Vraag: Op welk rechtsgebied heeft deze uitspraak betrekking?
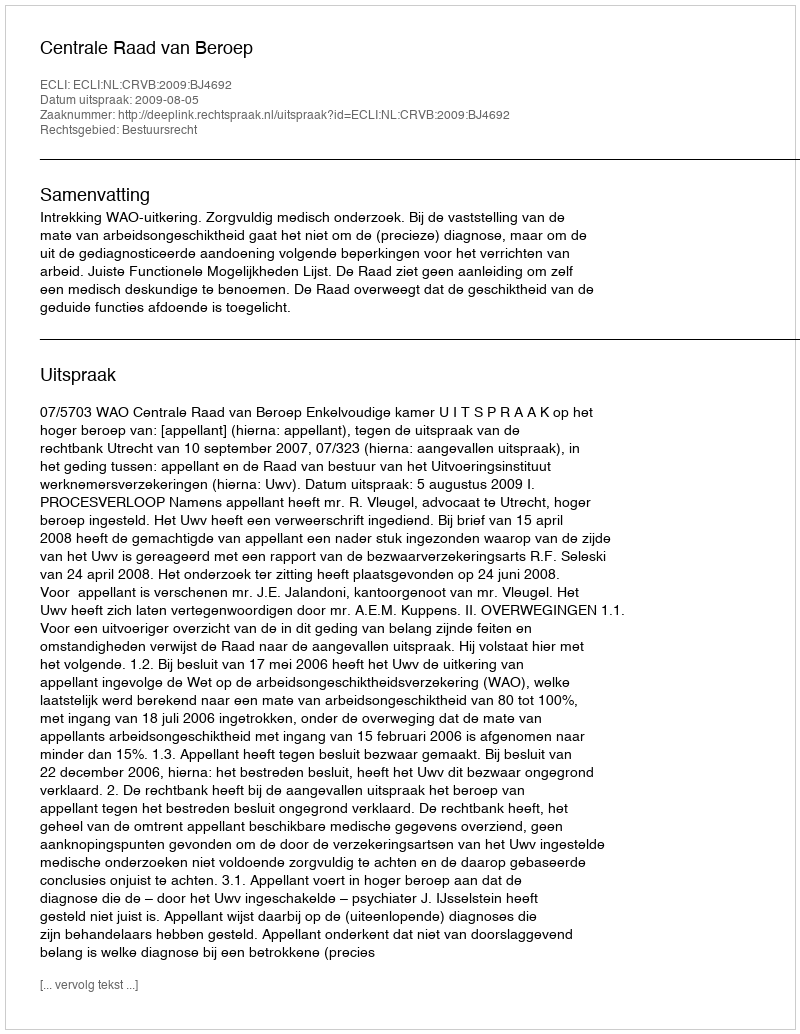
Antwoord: Bestuursrecht